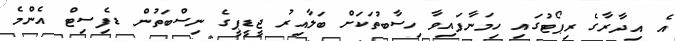
އެ އިދާރާގެ ރިޕޯޓުގައި ހިމަނާފައިވާ ހިސާބުތަކަަށް ބަލާއިރު ޖީޑީޕީގެ ނިސްބަތުން ޑެފިސިޓް އެންމެ